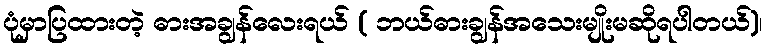
ပုံမှာပြထားတဲ့ ဓားအချွန်လေးရယ် ( ဘယ်ဓားချွန်အသေးမျိုးမဆိုရပါတယ်)၊